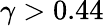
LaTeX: \gamma>0.44